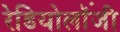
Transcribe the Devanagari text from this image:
रेडियोलॉंजी